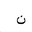
Letter: _non